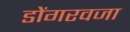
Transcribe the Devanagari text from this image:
डोंगरवजा